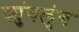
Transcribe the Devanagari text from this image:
क्युंगलुंग